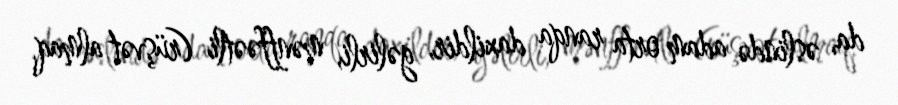
da, əslində adam orta ranqa daxildir, gəlirli, mənffəətli (rüşvət almaq,